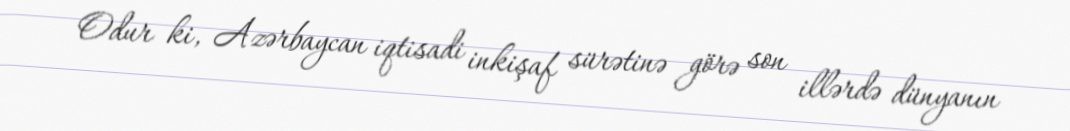
Odur ki, Azərbaycan iqtisadi inkişaf sürətinə görə son illərdə dünyanın